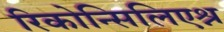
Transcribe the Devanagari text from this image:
रिकोन्सिलिएश्न